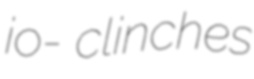
io- clinches